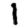
Digit: 1